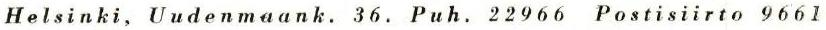
Helsinki, Uudenmaank. 36. Puh. 22966 Postisiirto 9661